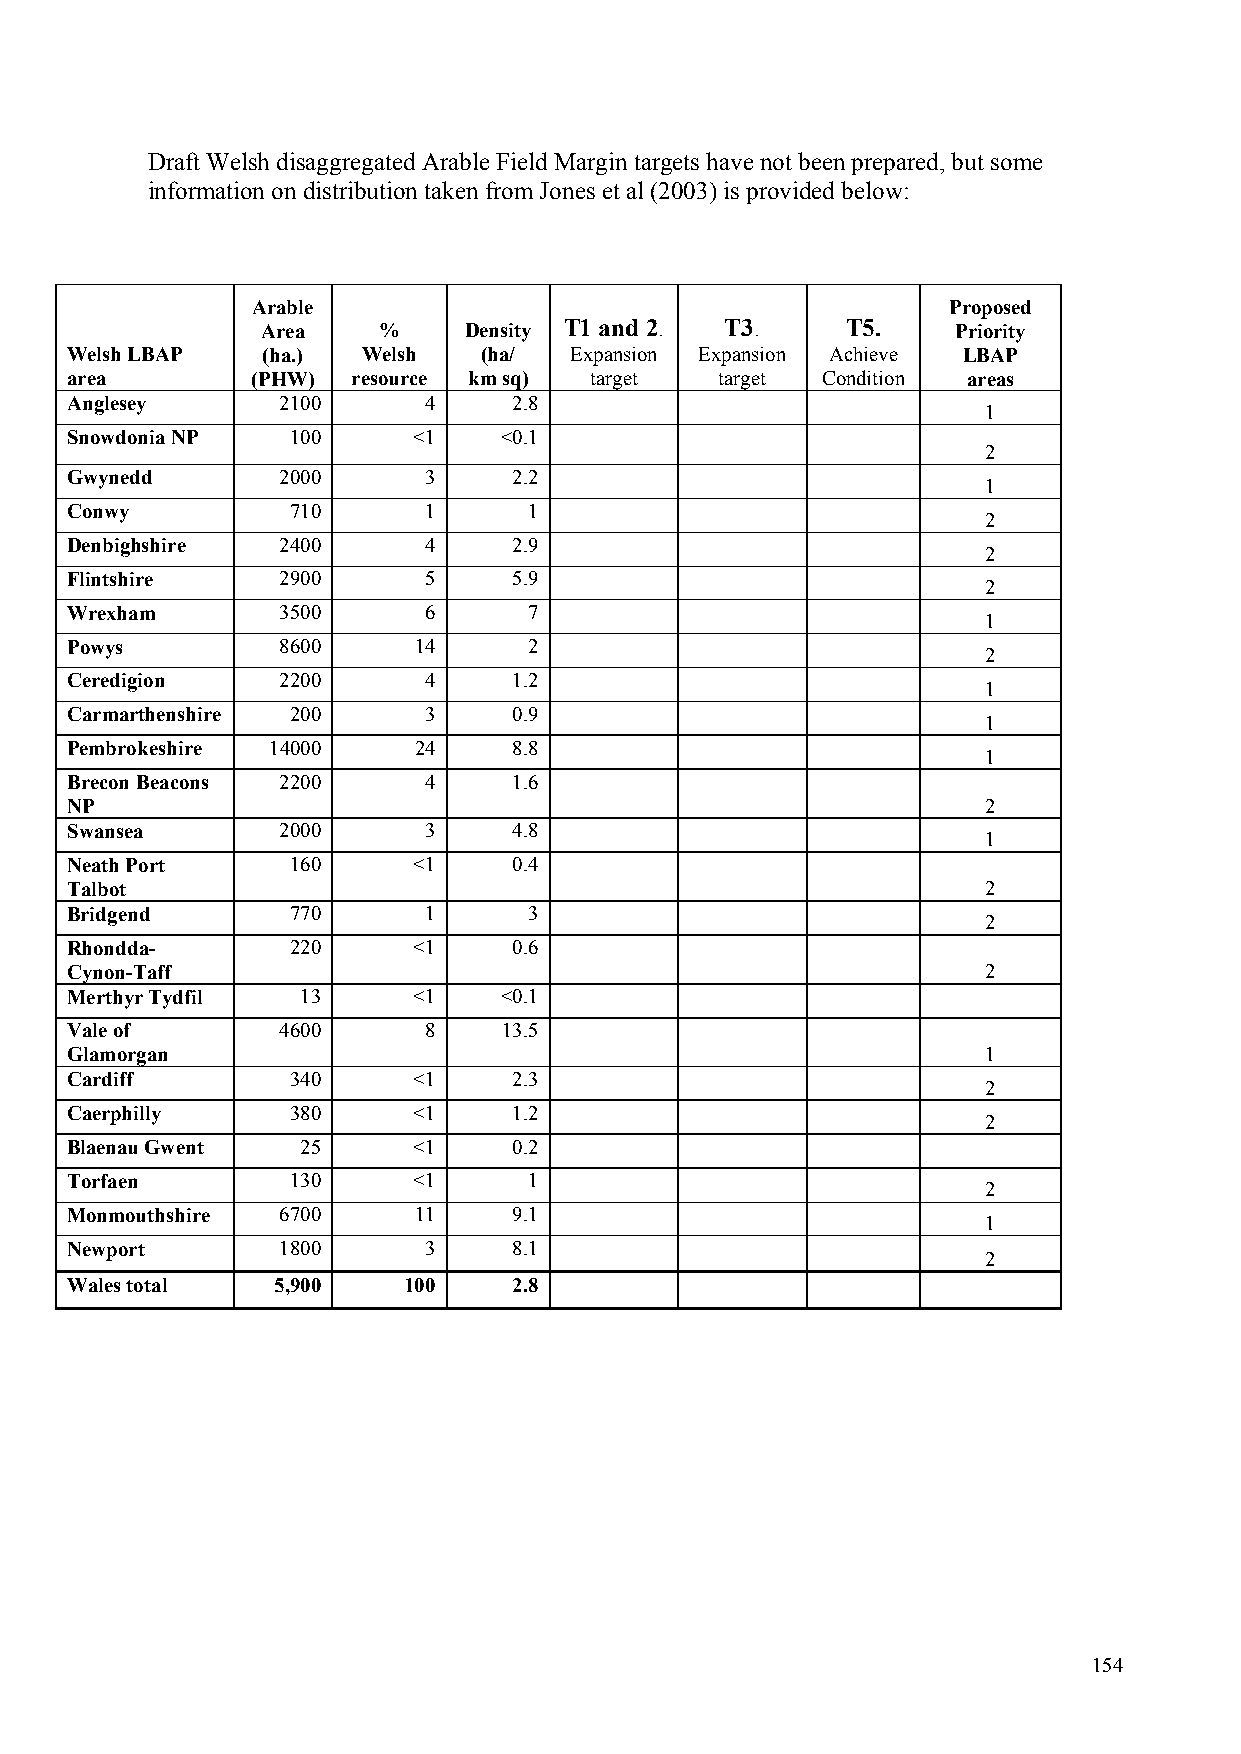
Draft Welsh disaggregated Arable Field Margin targets have not been prepared, but some
 information on distribution taken from Jones et al (2003) is provided below:
 Arable                                        Proposed
 Area    %     Density T1 and 2. T3.    T5.    Priority
 Welsh LBAP   (ha.)  Welsh   (ha/  Expansion Expansion Achieve LBAP
 area         (PHW) resource km sq) target   target Condition areas
 Anglesey      2100      4     2.8
 1
 Snowdonia NP   100     <1    <0.1
 2
 Gwynedd       2000      3     2.2
 1
 Conwy          710      1      1
 2
 Denbighshire  2400      4     2.9
 2
 Flintshire    2900      5     5.9
 2
 Wrexham       3500      6      7
 1
 Powys         8600     14      2
 2
 Ceredigion    2200      4     1.2
 1
 Carmarthenshire 200     3     0.9
 1
 Pembrokeshire 14000    24     8.8
 1
 Brecon Beacons 2200     4     1.6
 NP                                                           2
 Swansea       2000      3     4.8
 1
 Neath Port     160     <1     0.4
 Talbot                                                       2
 Bridgend       770      1      3
 2
 Rhondda-       220     <1     0.6
 Cynon-Taff                                                   2
 Merthyr Tydfil  13     <1    <0.1
 Vale of       4600      8    13.5
 Glamorgan                                                    1
 Cardiff        340     <1     2.3
 2
 Caerphilly     380     <1     1.2
 2
 Blaenau Gwent   25     <1     0.2
 Torfaen        130     <1      1
 2
 Monmouthshire 6700     11     9.1
 1
 Newport       1800      3     8.1
 2
 Wales total   5,900    100    2.8
 154